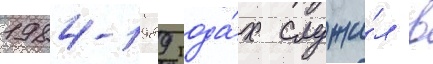
1984-1989 года́х служи́л в